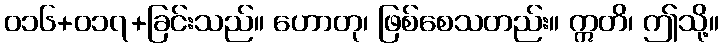
၀၁၆+၀၁၇+ခြင်းသည်။ ဟောတု၊ ဖြစ်စေသတည်း။ ဣတိ၊ ဤသို့။